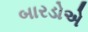
બારડોએ